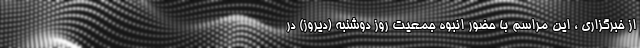
از خبرگزاری ، این مراسم با حضور انبوه جمعیت روز دوشنبه (دیروز) در